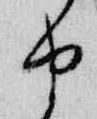
由